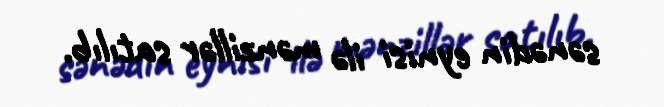
sənədin eynisi ilə mənzillər satılıb.